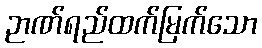
ဉာဏ်ရည်ထက်မြက်သော